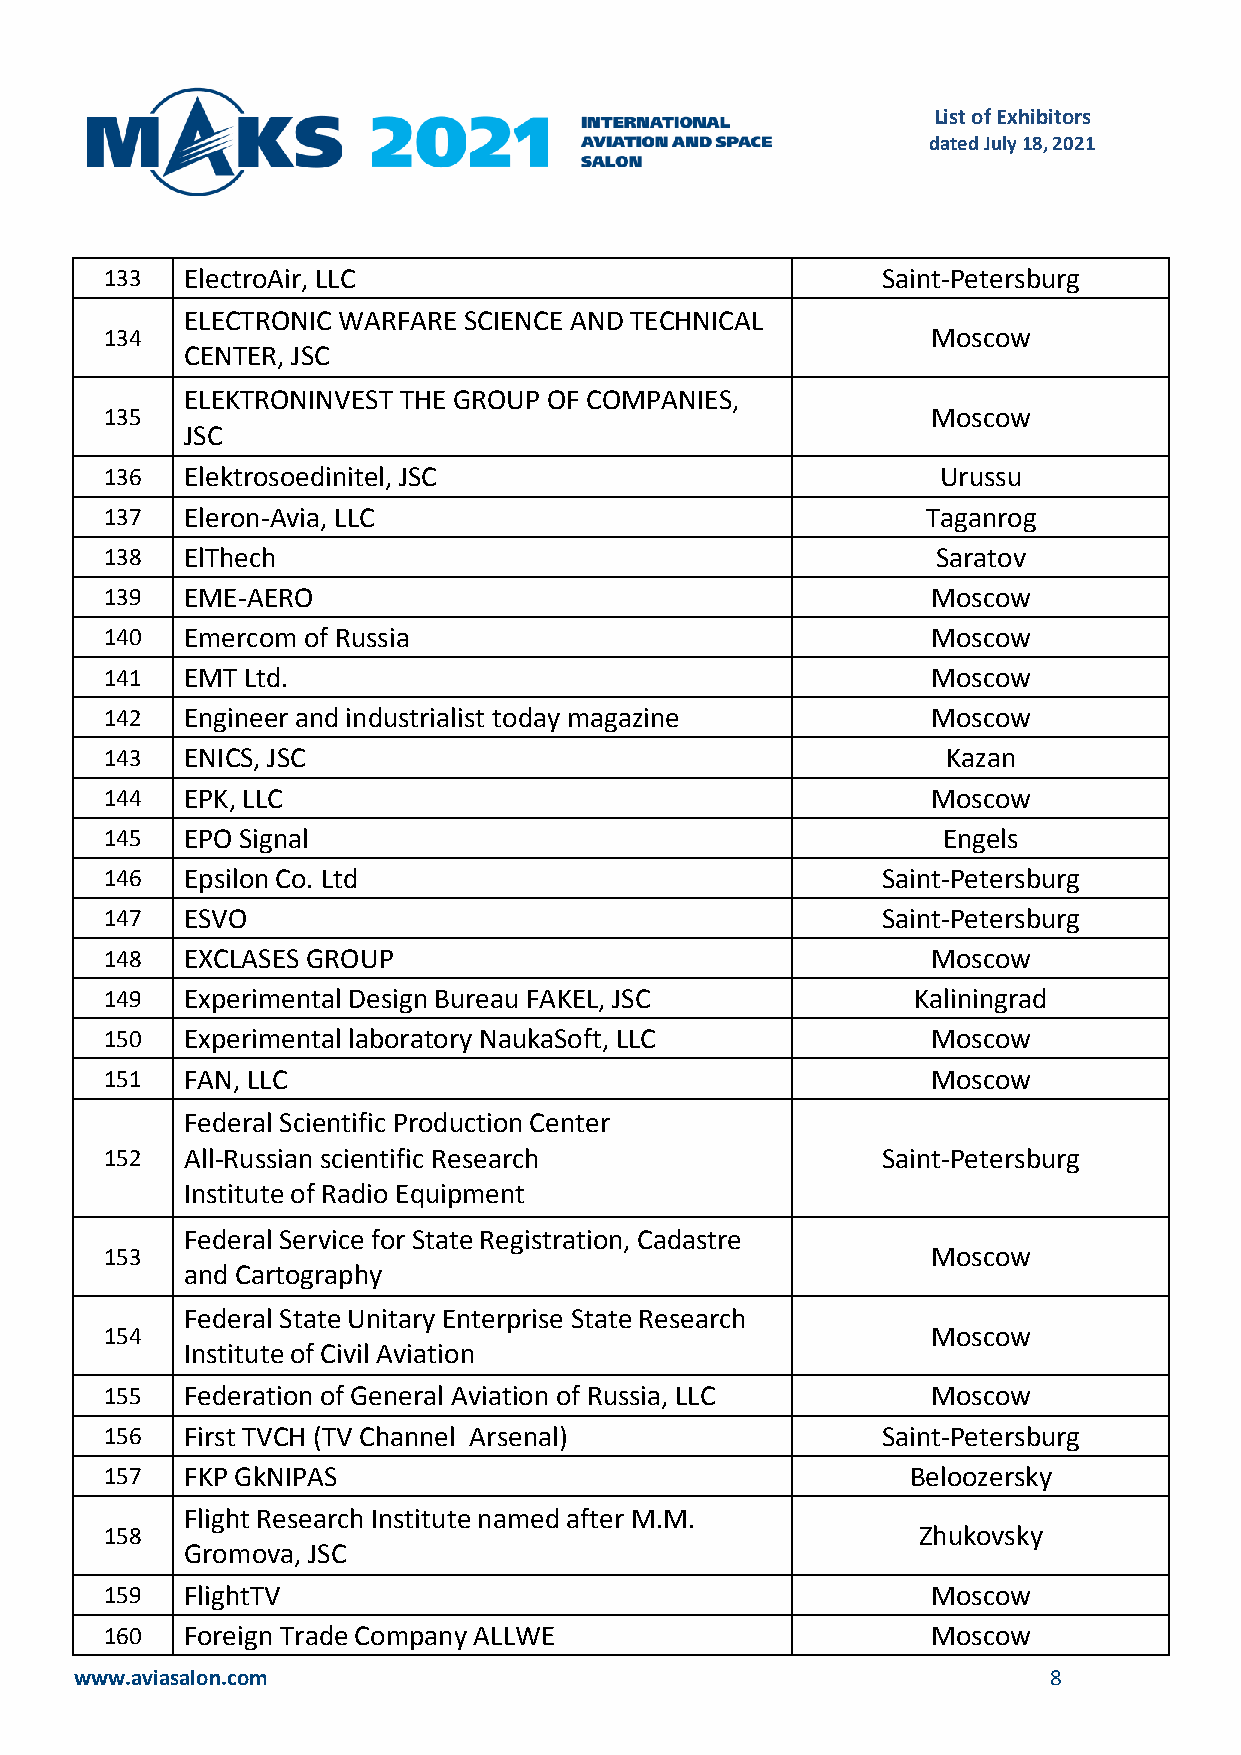
List of Exhibitors
 dated July 18, 2021
 133  ElectroAir, LLC                               Saint-Petersburg
 ELECTRONIC WARFARE SCIENCE AND TECHNICAL
 134                                                    Moscow
 CENTER, JSC
 ELEKTRONINVEST THE GROUP OF COMPANIES,
 135                                                    Moscow
 JSC
 136  Elektrosoedinitel, JSC                            Urussu
 137  Eleron-Avia, LLC                                 Taganrog
 138  ElThech                                           Saratov
 139  EME-AERO                                          Moscow
 140  Emercom of Russia                                 Moscow
 141  EMT Ltd.                                          Moscow
 142  Engineer and industrialist today magazine         Moscow
 143  ENICS, JSC                                         Kazan
 144  EPK, LLC                                          Moscow
 145  EPO Signal                                        Engels
 146  Epsilon Co. Ltd                               Saint-Petersburg
 147  ESVO                                          Saint-Petersburg
 148  EXCLASES GROUP                                    Moscow
 149  Experimental Design Bureau FAKEL, JSC           Kaliningrad
 150  Experimental laboratory NaukaSoft, LLC            Moscow
 151  FAN, LLC                                          Moscow
 Federal Scientific Production Center
 152  All-Russian scientific Research               Saint-Petersburg
 Institute of Radio Equipment
 Federal Service for State Registration, Cadastre
 153                                                    Moscow
 and Cartography
 Federal State Unitary Enterprise State Research
 154                                                    Moscow
 Institute of Civil Aviation
 155  Federation of General Aviation of Russia, LLC     Moscow
 156  First TVCH (TV Channel Arsenal)               Saint-Petersburg
 157  FKP GkNIPAS                                     Beloozersky
 Flight Research Institute named after M.M.
 158                                                   Zhukovsky
 Gromova, JSC
 159  FlightTV                                          Moscow
 160  Foreign Trade Company ALLWE                       Moscow
 www.aviasalon.com                                               8